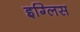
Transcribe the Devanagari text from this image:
इग्लिस